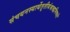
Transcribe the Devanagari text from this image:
संचयनस्यार्थेतृतीयंश्राद्धमिष्यते